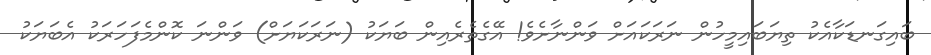
ބައިގަނޑަކާއެކު ތިޔަބައިމީހުން ނަރަކައަށް ވަންނާށެވެ! އޭގެތެރެއިން ބަޔަކު (ނަރަކަޔަށް) ވަންނަ ކޮންމެފަހަރަކު އެބަޔަކު